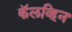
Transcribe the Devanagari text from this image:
कॅलव्हिन